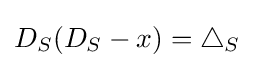
D_{S}(D_{S}-x)=\triangle _{S}